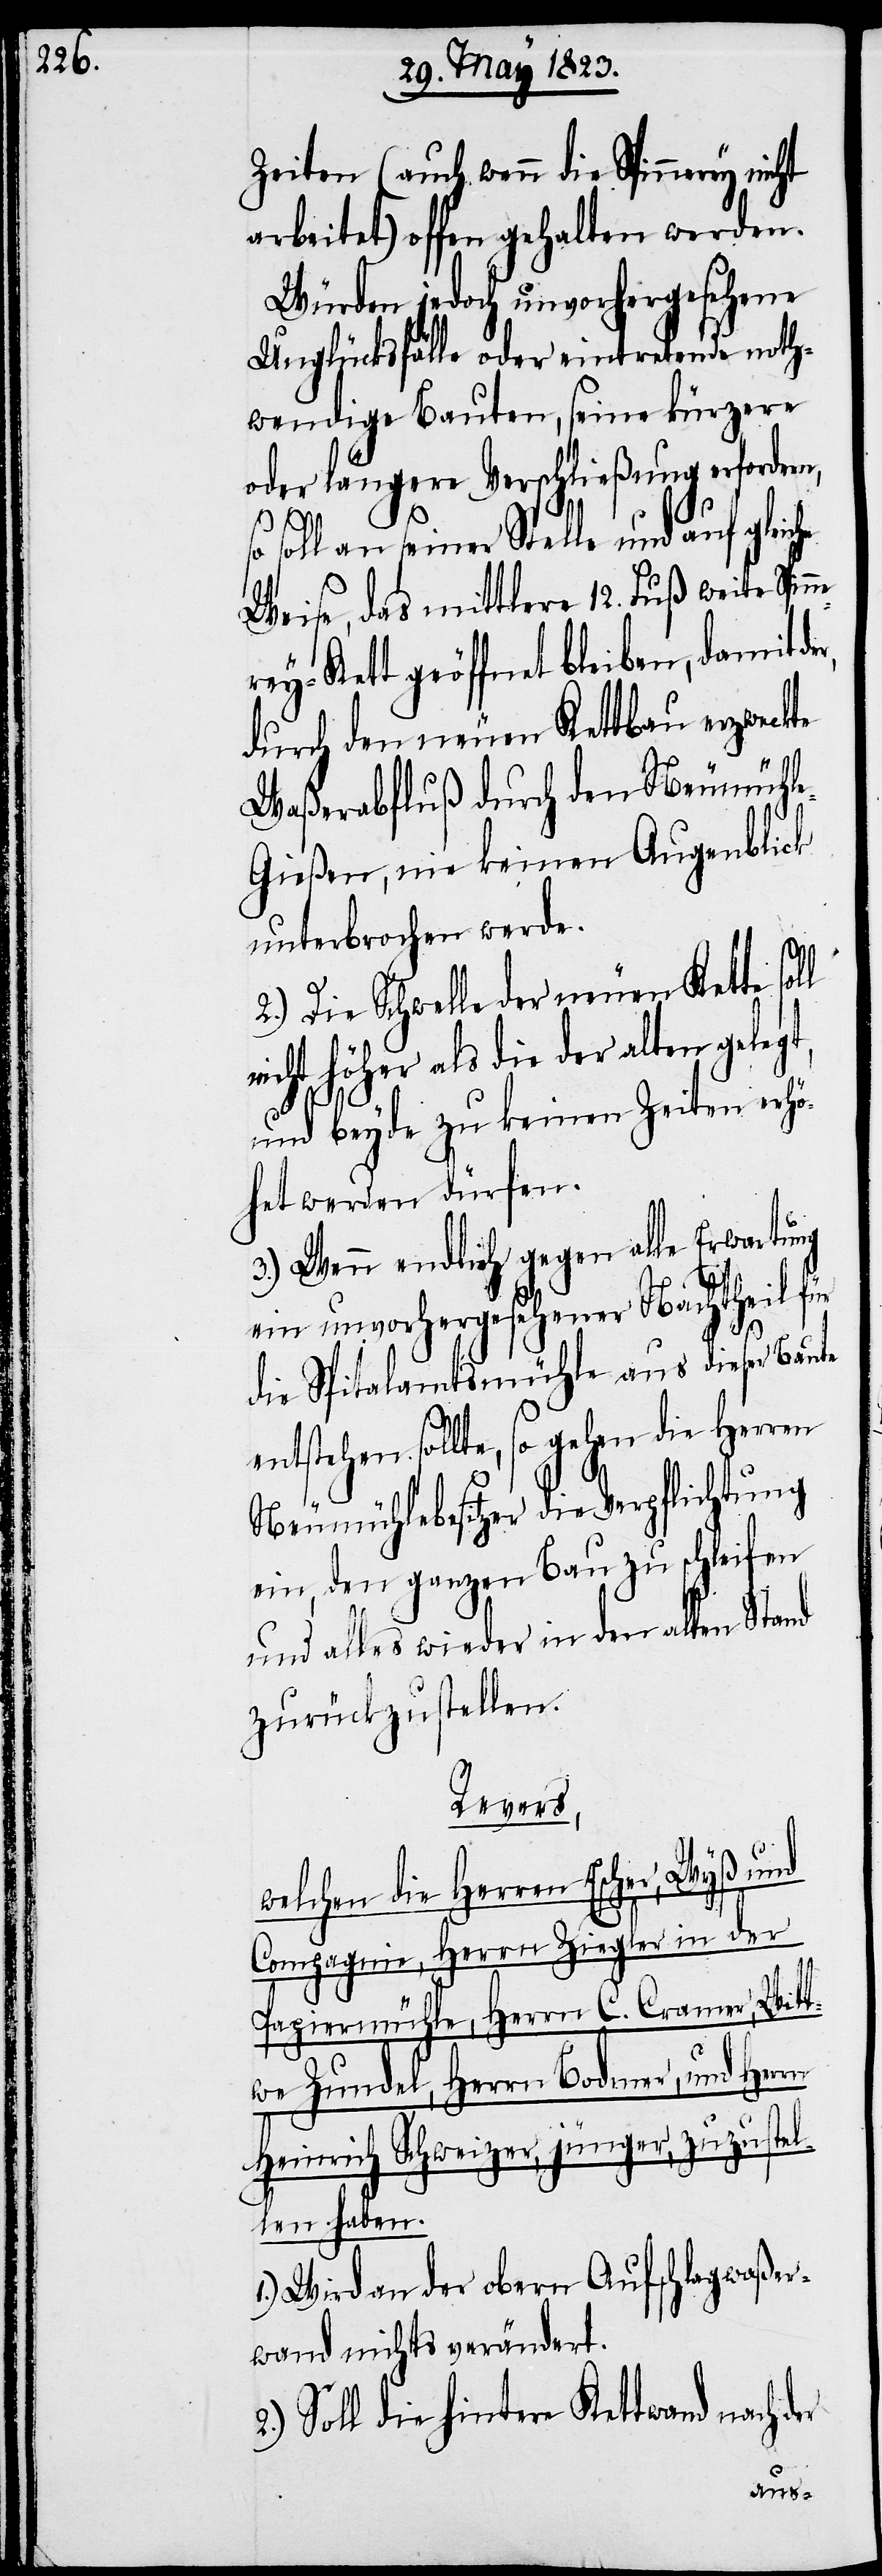
Zeiten (auch wenn die Spinnerey
arbeitet) offen gehalten werden.
Würden jedoch unvorhergesehene
Unglücksfälle oder eintretende noth¬
wendige Bauten, seine kürzere
oder längere Verschließung erfordern,
so soll an seiner Stelle und auf gleiche
Weise, das mittlere 12. Fuß weite Spin¬
rey-Kett geöffnet bleiben, damit d¬
durch den neuen Kettbau erzweckte
Waßerabfluß durch den Neumühl¬
e-Gießen, nie keinen Augenblick
unterbrochen werde.
2.) Die Schwelle der neuen Kette sol¬
nicht höher als die der alten gelegt,
l
und beyde zu keinen Zeiten erhö¬
het werden dürfen.
3.) Wenn endlich gegen alle Erwartung
ein unvorhergesehener Nachtheil für
die Spitalamtsmühle aus dieser Baute
Wit¬
entstehen sollte, so gehen die Herren
Neumühlebesitzer die Verpflichtung
ein, den ganzen Bau zu schleifen
und alles wieder in den alten Stand
zurückzustellen.
Revers,
welchen die Herren Escher, Wyß und
Herrn Ziegler in der
Papiermühle, Herrn C. Cramer,
twe Zundel, Herrn Bodmer, und Herrn
Heinrich Schweizer, jünger, zuzustel¬
len haben.
1.) Wird an der obern Aufschlagwaßer¬
wand nichts verändert.
Soll die hintere Kettwand nach der
ne¬